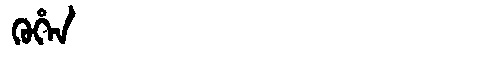
Manchu: ᡴᡠᡥᡝᠨ
Romanization: KUHEN